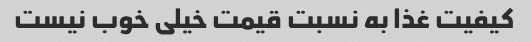
کیفیت غذا به نسبت قیمت خیلی خوب نیست